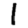
Digit: 1